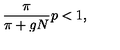
\frac { \pi } { \pi + g N } p < 1 ,